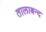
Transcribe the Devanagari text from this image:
तालाबन्द